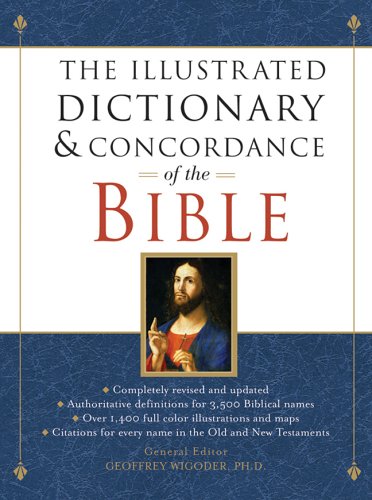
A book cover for The Illustrated Dictionary & Concordance of the Bible, New Revised Edition; Christian Books & Bibles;